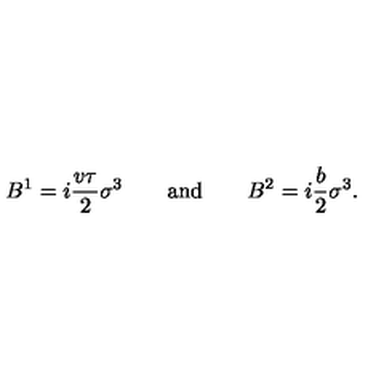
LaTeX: B ^ { 1 } = i { \frac { v \tau } { 2 } } \sigma ^ { 3 } \qquad \mathrm { a n d } \qquad B ^ { 2 } = i { \frac { b } { 2 } } \sigma ^ { 3 } .